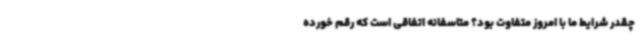
چقدر شرایط ما با امروز متفاوت بود؟ متاسفانه اتفاقی است که رقم خورده